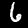
Label: 6